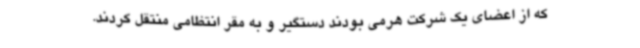
که از اعضای یک شرکت هرمی بودند دستگیر و به مقر انتظامی منتقل کردند.